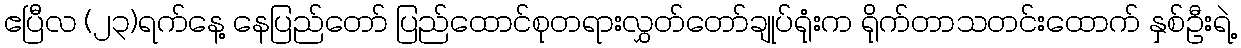
ဧပြီလ (၂၃)ရက်နေ့ နေပြည်တော် ပြည်ထောင်စုတရားလွှတ်တော်ချုပ်ရုံးက ရိုက်တာသတင်းထောက် နှစ်ဦးရဲ့